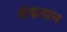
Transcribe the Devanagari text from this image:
मंडलान